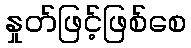
နှုတ်ဖြင့်ဖြစ်စေ